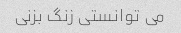
می توانستی زنگ بزنی